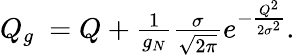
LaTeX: \begin{array}{r}{Q_{g}\ =Q+\frac{1}{g_{N}}\frac{\sigma}{\sqrt{2\pi}}e^{-\frac{Q^{2}}{2\sigma^{2}}}.}\end{array}